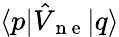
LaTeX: \langle p\vert\hat{V}_{\mathrm{~n~e~}}\vert q\rangle